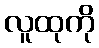
လူထုကို